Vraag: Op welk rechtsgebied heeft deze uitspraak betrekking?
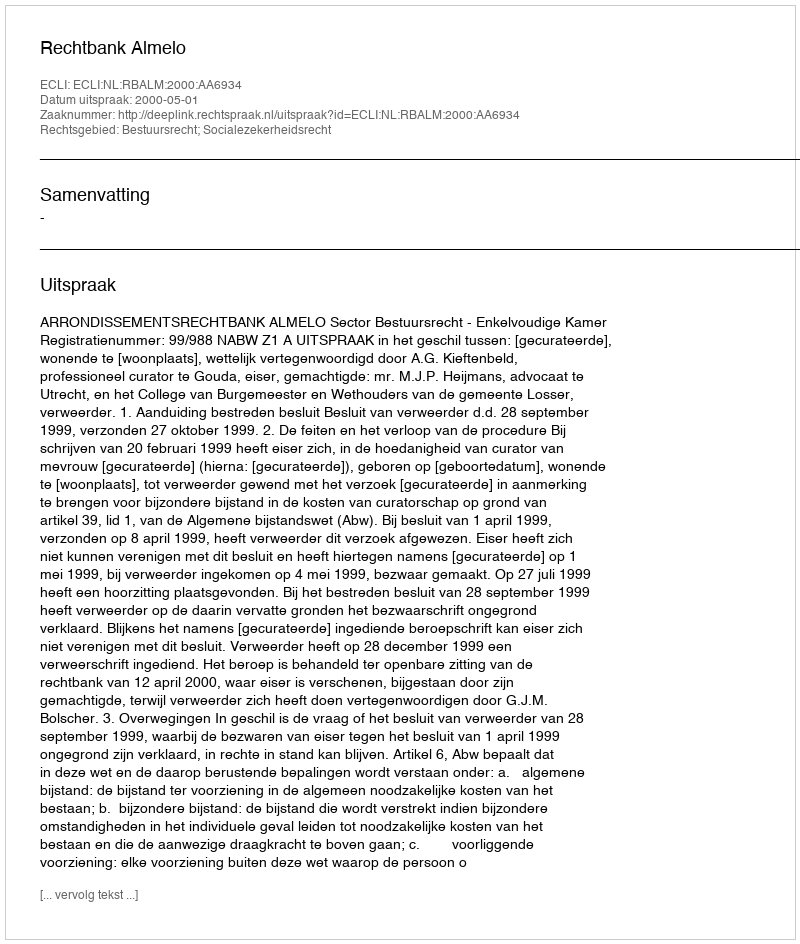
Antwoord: Bestuursrecht; Socialezekerheidsrecht